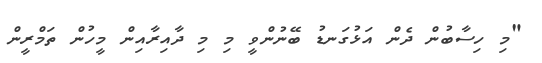
"މި ހިސާބުން ދެން އަޅުގަނޑު ބޭނުންވީ މި މި ދާއިރާއިން މީހުން ތަމްރީން